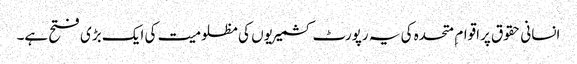
انسانی حقوق پراقوام ِ متحدہ کی یہ رپورٹ کشمیریوں کی مظلومیت کی ایک بڑی فتح ہے۔